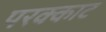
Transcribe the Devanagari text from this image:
परक्काट